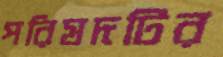
পরিষদটির